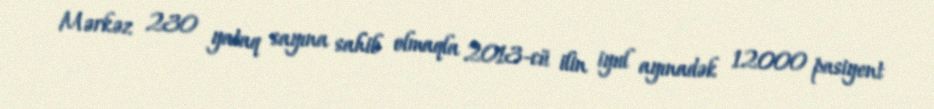
Mərkəz 230 yataq sayına sahib olmaqla 2013-cü ilin iyul ayınadək 12000 pasiyent